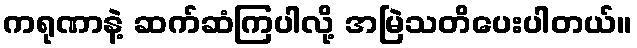
ကရုဏာနဲ့ ဆက်ဆံကြပါလို့ အမြဲသတိပေးပါတယ်။